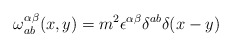
\begin{align*}\omega^{\alpha\beta}_{ab}(x,y)=m^2\epsilon^{\alpha\beta}\delta^{ab}\delta(x-y)\end{align*}